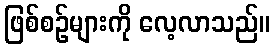
ဖြစ်စဉ်များကို လေ့လာသည်။